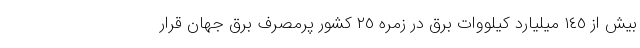
بیش از ١٤٥ میلیارد کیلووات برق در زمره ٢٥ کشور پرمصرف برق جهان قرار